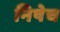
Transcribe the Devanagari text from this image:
निषेच